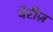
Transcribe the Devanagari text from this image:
बेरीज़